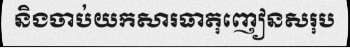
និងចាប់យកសារធាតុញៀនសរុប